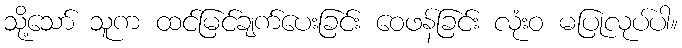
သို့သော် သူက ထင်မြင်ချက်ပေးခြင်း ဝေဖန်ခြင်း လုံးဝ မပြုလုပ်ပါ။